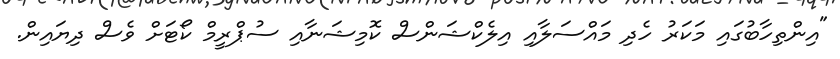
"އިންތިހާބުގައި މަކަރު ހެދި މައްސަލާއި އިލެކްޝަންސް ކޮމިޝަނާއި ސުޕްރީމް ކޯޓަށް ވެސް ދިޔައިން.